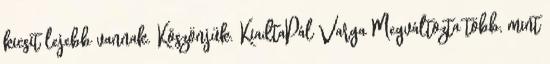
kicsit lejebb vannak. Köszönjük. KiadtaPál Varga Megváltozta több, mint